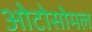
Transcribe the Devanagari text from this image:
ओटोसोमल